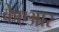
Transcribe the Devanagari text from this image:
केएआर